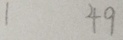
1 4 9